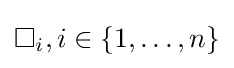
\Box _{i},i\in \{1,\ldots ,n\}